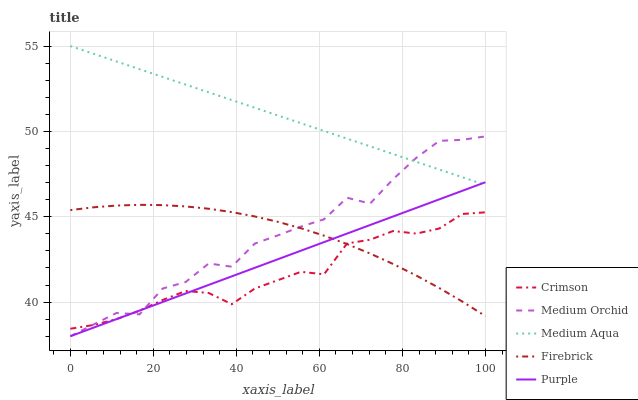
| xaxis_label | Crimson | Medium Orchid | Medium Aqua | Firebrick | Purple |
 | --- | --- | --- | --- | --- | --- |
 | 0 | 38.4 | 38 | 55 | 45.4 | 38 |
 | 5.56 | 38.7 | 38.7 | 54.5 | 45.6 | 38.5 |
 | 11.1 | 39 | 39.4 | 54.1 | 45.7 | 39 |
 | 16.7 | 39.5 | 39.3 | 53.6 | 45.7 | 39.5 |
 | 22.2 | 40.1 | 40.8 | 53.2 | 45.7 | 40 |
 | 27.8 | 40.7 | 41.2 | 52.7 | 45.6 | 40.5 |
 | 33.3 | 40.5 | 42.3 | 52.3 | 45.5 | 41 |
 | 38.9 | 39.9 | 42.1 | 51.8 | 45.3 | 41.5 |
 | 44.4 | 40.8 | 43.4 | 51.4 | 45 | 42 |
 | 50 | 41.3 | 43.9 | 50.9 | 44.7 | 42.5 |
 | 55.6 | 41.8 | 44.4 | 50.5 | 44.3 | 43 |
 | 61.1 | 41.6 | 44.8 | 50 | 43.9 | 43.5 |
 | 66.7 | 43.4 | 46.1 | 49.6 | 43.4 | 44 |
 | 72.2 | 43.7 | 45.8 | 49.1 | 42.8 | 44.5 |
 | 77.8 | 44.2 | 47.2 | 48.7 | 42.2 | 45 |
 | 83.3 | 44 | 48.5 | 48.2 | 41.6 | 45.5 |
 | 88.9 | 44.3 | 49.4 | 47.8 | 40.8 | 46 |
 | 94.4 | 45.2 | 49.5 | 47.3 | 40 | 46.5 |
 | 100 | 45.3 | 49.7 | 46.9 | 39.2 | 47 |